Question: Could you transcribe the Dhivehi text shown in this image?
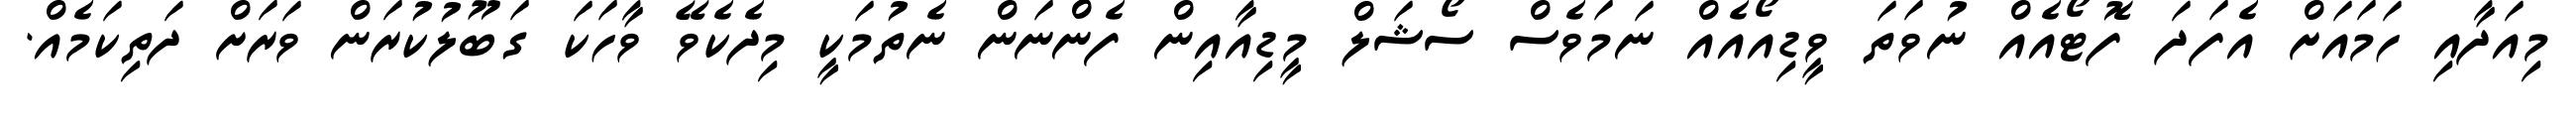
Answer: މިއަދާއި ހަމައަށް އެފަދަ ފޮޓޯއެއް ނުވަތަ ވީޑިއޯއެއް ނަމަވެސް ސޯޝަލް މީޑިއާއިން ފެންނަން ނެތުމަކީ މިދެކެވޭ ވާހަކަ ގަބޫލުކުރަން ވަރަށް ދަތިކަމެއް.